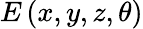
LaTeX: E\left(x,y,z,\theta\right)